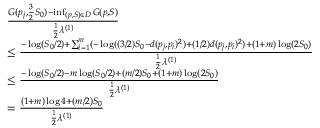
\begin{array} { r l } & { \frac { G ( p _ { j } , \frac 3 2 S _ { 0 } ) - \operatorname* { i n f } _ { ( p , S ) \in D } G ( p , S ) } { \frac 1 2 \lambda ^ { ( 1 ) } } } \\ & { \leq \frac { - \log ( S _ { 0 } / 2 ) + \sum _ { i = 1 } ^ { m } ( - \log ( ( 3 / 2 ) S _ { 0 } - d ( p _ { j } , p _ { i } ) ^ { 2 } ) + ( 1 / 2 ) d ( p _ { j } , p _ { i } ) ^ { 2 } ) + ( 1 + m ) \log ( 2 S _ { 0 } ) } { \frac { 1 } { 2 } \lambda ^ { ( 1 ) } } } \\ & { \leq \frac { - \log ( S _ { 0 } / 2 ) - m \log ( S _ { 0 } / 2 ) + ( m / 2 ) S _ { 0 } + ( 1 + m ) \log ( 2 S _ { 0 } ) } { \frac { 1 } { 2 } \lambda ^ { ( 1 ) } } } \\ & { = \frac { ( 1 + m ) \log 4 + ( m / 2 ) S _ { 0 } } { \frac { 1 } { 2 } \lambda ^ { ( 1 ) } } } \end{array}